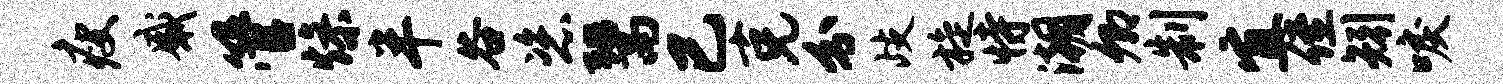
瘦感管燥半谷恣鬻已克分歧旋恃潮卿制宜侄矧唳